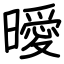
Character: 曖